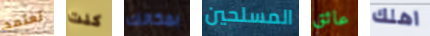
تعتمد كنت بمكانك المسلحين عائق اهلك